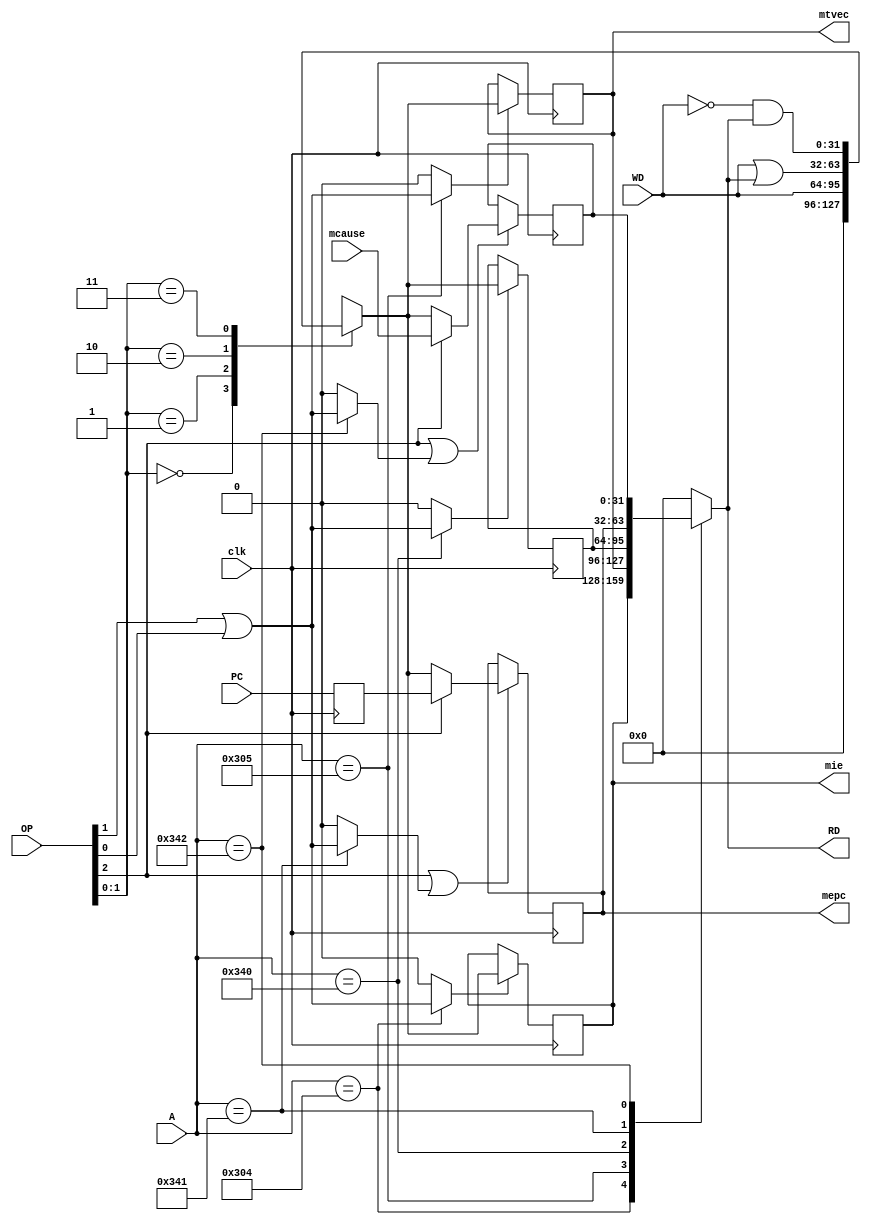
`timescale 1ns / 1ps

module CSR(
           input             clk,
           input      [2:0]  OP,
           input      [31:0] WD,
           input      [31:0] mcause,
           input      [31:0] PC,
           input      [11:0] A,
           output reg [31:0] mie,
           output reg [31:0] mtvec,
           output reg [31:0] mepc,
           output reg [31:0] RD
    );

reg [31:0] WD_interior;
reg [31:0] mscratch;
reg [31:0] mcause_interior;
reg mepc_or;
reg mcause_or;
wire op0_op1;
reg  enable1 = 1'b0;
reg  enable2 = 1'b0;
reg  enable3 = 1'b0;
wire enable4;
wire enable5;
reg [31:0] buffer_PC;
reg [31:0] buffer_1;
reg [31:0] buffer_2;
reg [31:0] buffer_3; //mscratch reg
reg [31:0] buffer_4;
reg [31:0] buffer_5;
reg [31:0] WD_interior_4;
reg [31:0] WD_interior_5;

assign op0_op1 = OP[1] | OP[0];
assign enable4 = OP[2] | mepc_or;
assign enable5 = OP[2] | mcause_or;

always @(*) begin
    case ( OP[1:0] )
        2'b00:
            WD_interior <= 32'b0;
        2'b01:
            WD_interior <= WD;
        2'b10:
            WD_interior <= WD | RD;
        2'b11:
            WD_interior <= ~(WD) & RD;
        default:
            WD_interior <= 32'b0;
    endcase
end

always @(posedge clk) begin
    buffer_PC <= PC;
    buffer_1 <= enable1 ? WD_interior : buffer_1;
    buffer_2 <= enable2 ? WD_interior : buffer_2;
    buffer_3 <= enable3 ? WD_interior : buffer_3;
    buffer_4 <= enable4 ? WD_interior_4 : buffer_4;
    buffer_5 <= enable5 ? WD_interior_5 : buffer_5;
end

always @(*) begin
    case ( A )
        12'h304:
                RD = buffer_1;
            12'h305:
                RD = buffer_2;                                
            12'h340:
                RD = buffer_3;
            12'h341:
                RD = buffer_4;
            12'h342:
                RD = buffer_5;
            default:
                RD = 32'b0;
    endcase
    mie = buffer_1;
    mtvec = buffer_2;
    mepc = buffer_4;
    WD_interior_4 = OP[2] ? buffer_PC : WD_interior;
    WD_interior_5 = OP[2] ? mcause : WD_interior;
end

always @(*) begin
    case ( A )
        12'h304:
            begin
            enable1 = op0_op1;
            enable2 = 0;     
            enable3 = 0;     
            mepc_or = 0;  
            mcause_or = 0;
            end
        12'h305:
            begin
            enable1 = 0;
            enable2 = op0_op1;     
            enable3 = 0;     
            mepc_or = 0;  
            mcause_or = 0;
            end                                
        12'h340:
            begin
            enable1 = 0;
            enable2 = 0;     
            enable3 = op0_op1;     
            mepc_or = 0;  
            mcause_or = 0;
            end 
        12'h341:
            begin
            enable1 = 0;
            enable2 = 0;     
            enable3 = 0;     
            mepc_or = op0_op1; 
            mcause_or = 0;
            end 
        12'h342:
            begin
            enable1 = 0;
            enable2 = 0;     
            enable3 = 0;     
            mepc_or = 0; 
            mcause_or = op0_op1;
            end 
        default:
            begin
            enable1 = 0;
            enable2 = 0;
            enable3 = 0;
            mepc_or = 0;
            mcause_or = 0;
            end
    endcase                
end

endmodule